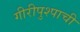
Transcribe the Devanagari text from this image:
गीरीपुश्पाची